Lunatic asylums Punjab 1881-1894 - 1881-1894
Year: 1881
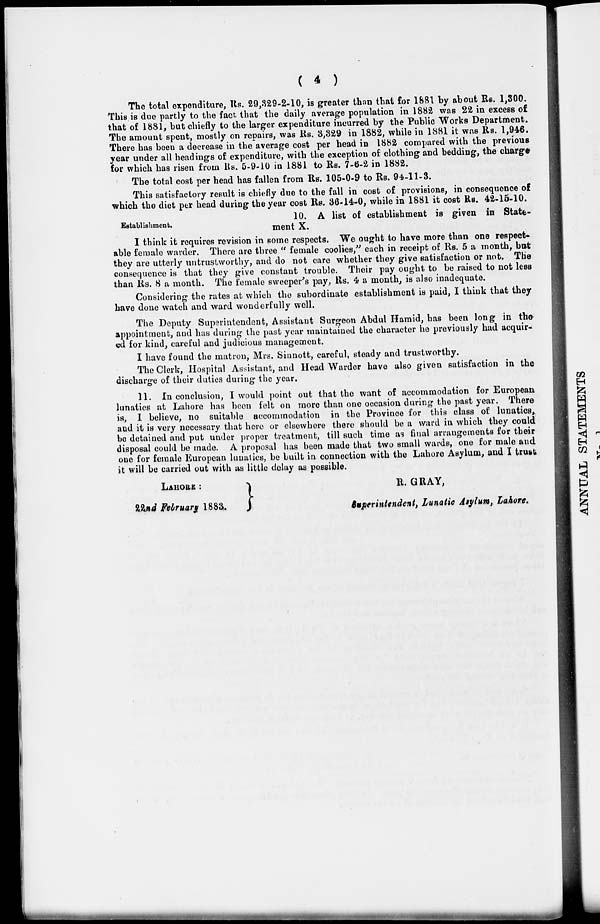
( 4 )
The total expenditure, Rs. 29,329-2-10, is greater than that for 1881 by about Rs. 1,300.
This is due partly to the fact that the daily average population in 1882 was 22 in excess of
that of 1881, but chiefly to the larger expenditure incurred by the Public Works Department.
The amount spent, mostly on repairs, was Rs. 3,329 in 1882, while in 1881 it was Rs. 1,946.
There has been a decrease in the average cost per head in 1882 compared with the previous
year under all headings of expenditure, with the exception of clothing and bedding, the charge
for which has risen from Rs. 5-9-10 in 1881 to Rs. 7-6-2 in 1882.
The total cost per head has fallen from Rs. 105-0-9 to Rs. 94-11-3.
This satisfactory result is chiefly due to the fall in cost of provisions, in consequence of
which the diet per head during the year cost Rs. 36-14-0, while in 1881 it cost Rs. 42-15-10.
Establishment.
10. A list of establishment is given in State-
ment X.
I think it requires revision in some respects. We ought to have more than one respect-
able female warder. There are three " female coolies," each in receipt of Rs. 5 a month, but
they are utterly untrustworthy, and do not care whether they give satisfaction or not. The
consequence is that they give constant trouble. Their pay ought to be raised to not less
than Rs. 8 a month. The female sweeper's pay, Rs. 4 a month, is also inadequate.
Considering the rates at which the subordinate establishment is paid, I think that they
have done watch and ward wonderfully well.
The Deputy Superintendent, Assistant Surgeon Abdul Hamid, has been long in the
appointment, and has during the past year maintained the character he previously had acquir-
ed for kind, careful and judicious management.
I have found the matron, Mrs. Sinnott, careful, steady and trustworthy.
The Clerk, Hospital Assistant, and Head Warder have also given satisfaction in the
discharge of their duties during the year.
11. In conclusion, I would point out that the want of accommodation for European
lunatics at Lahore has been felt on more than one occasion during the past year. There
is, I believe, no suitable accommodation in the Province for this class of lunatics,
and it is very necessary that here or elsewhere there should be a ward in which they could
be detained and put under proper treatment, till such time as final arrangements for their
disposal could be made. A proposal has been made that two small wards, one for male and
one for female European lunatics, be built in connection with the Lahore Asylum, and I trust
it will be carried out with as little delay as possible.
LAHORE :
22nd
February
1883.
R. GRAY,
Superintendent, Lunatic Asylum, Lahore.